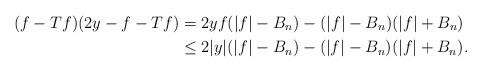
LaTeX: \begin{align*}(f-Tf)(2y-f-Tf)& = 2yf(|f|-B_n) - (|f|-B_n)(|f|+B_n) \\& \leq 2|y|(|f|-B_n) - (|f|-B_n)(|f|+B_n).\end{align*}